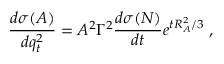
\frac { d \sigma ( A ) } { d q _ { t } ^ { 2 } } = A ^ { 2 } \Gamma ^ { 2 } \frac { d \sigma ( N ) } { d t } e ^ { t R _ { A } ^ { 2 } / 3 } \; ,